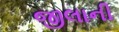
જીલાની